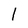
Character: l